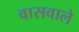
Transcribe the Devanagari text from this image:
वासवाले